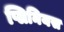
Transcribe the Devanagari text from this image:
प्लिनियस